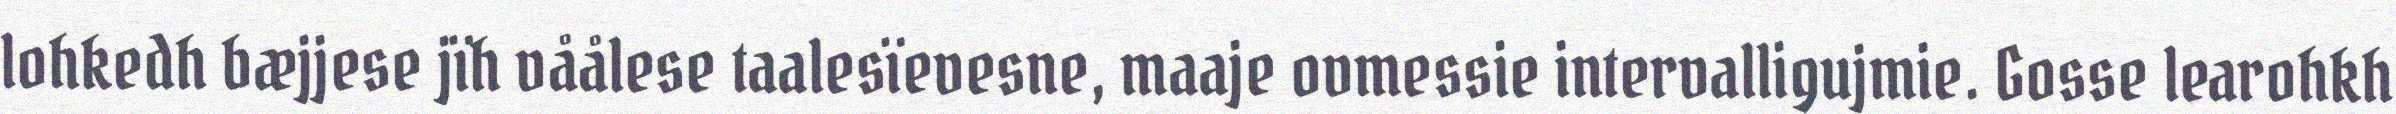
lohkedh bæjjese jïh våålese taalesïevesne, maaje ovmessie intervalligujmie. Gosse learohkh